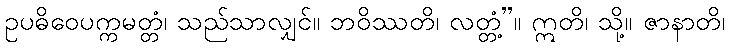
ဥပဓိဝေပက္ကမတ္တံ၊ သည်သာလျှင်။ ဘဝိဿတိ၊ လတ္တံ့”။ ဣတိ၊ သို့။ ဇာနာတိ၊